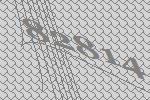
82814